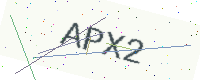
Text: APX2